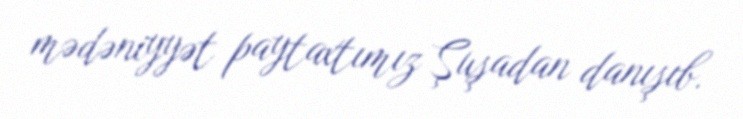
mədəniyyət paytaxtımız Şuşadan danışıb.